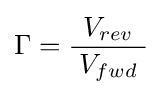
\Gamma ={\frac {V_{rev}}{\;V_{fwd}\;}}